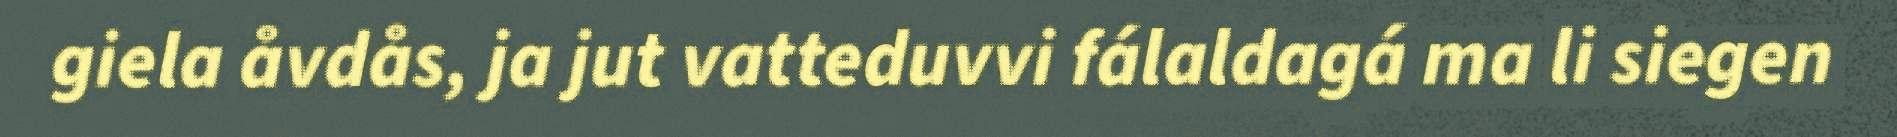
giela åvdås, ja jut vatteduvvi fálaldagá ma li siegen